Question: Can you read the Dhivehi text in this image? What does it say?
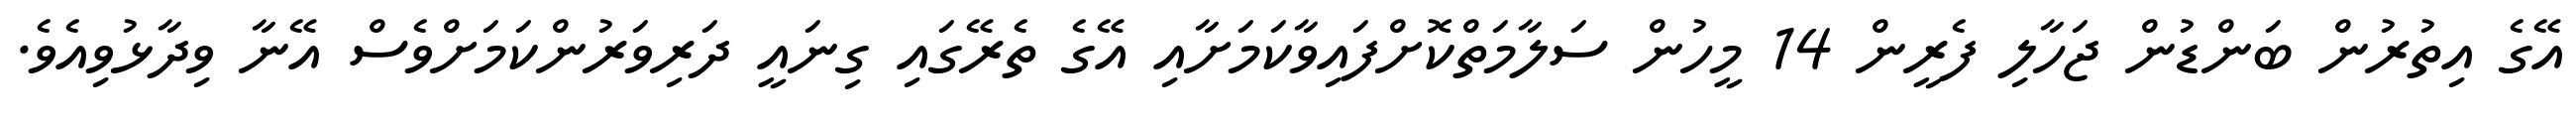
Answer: އޭގެ އިތުރުން ބަންޑުން ޖަހާލި ފެރީން 14 މީހުން ސަލާމަތްކޮށްފައިވާކަމަށާއި އޭގެ ތެރޭގައި ގިނައީ ދަރިވަރުންކަމަށްވެސް އޭނާ ވިދާޅުވިއެވެ.